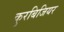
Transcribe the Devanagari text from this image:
कुरबिजियर